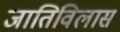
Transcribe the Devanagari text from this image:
जातिविलास